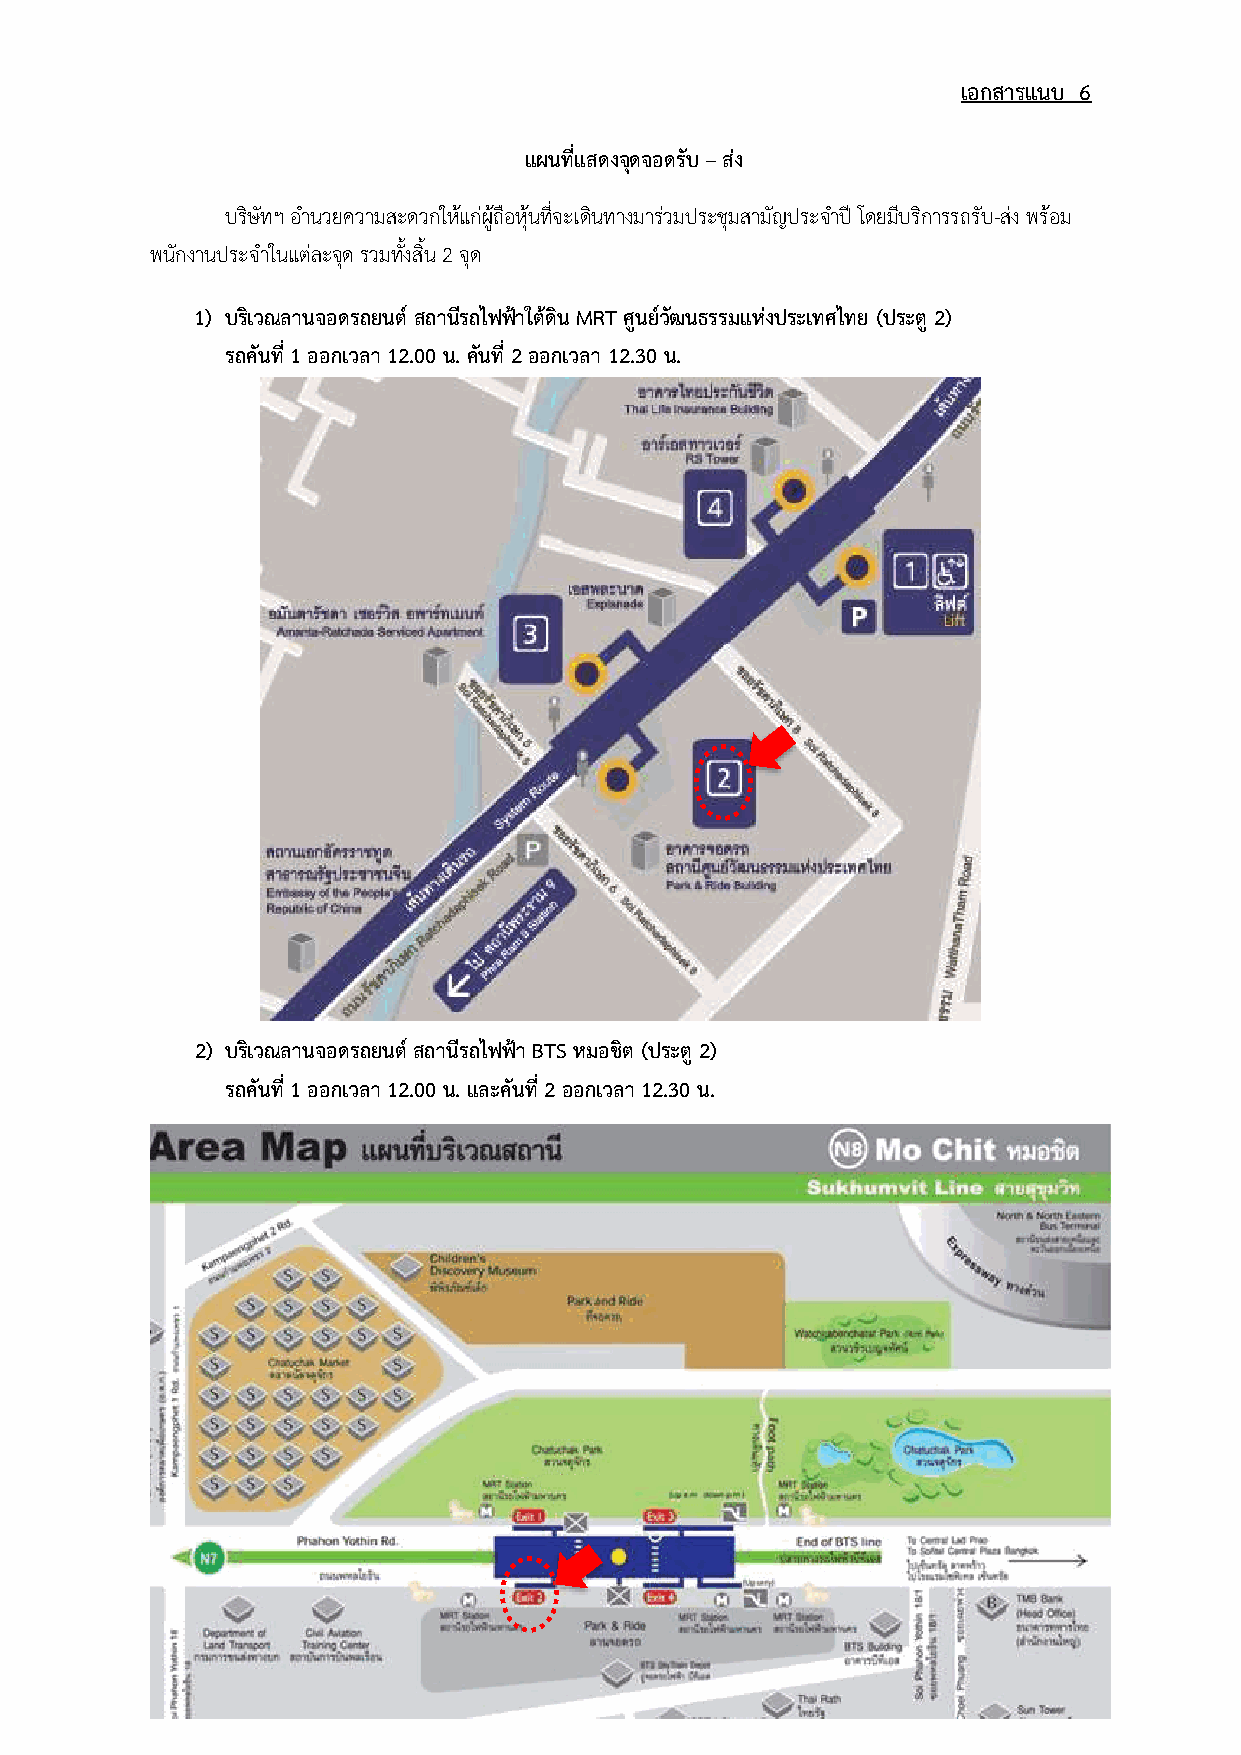
เอกสารแนบ 6
 แผนที่แสดงจุดจอดรับ – ส่ง
 บริษัทฯ อ านวยความสะดวกให้แก่ผู้ถือหุ้นที่จะเดินทางมาร่วมประชุมสามัญประจา ปี โดยมีบริการรถรับ-ส่ง พร้อม
 พนักงานประจ าในแต่ละจุด รวมทงั้ สิ้น 2 จุด
 1) บริเวณลานจอดรถยนต์ สถานีรถไฟฟ้าใต้ดิน MRT ศูนย์วัฒนธรรมแห่งประเทศไทย (ประตู 2)
 รถคันที่ 1 ออกเวลา 12.00 น. คันที่ 2 ออกเวลา 12.30 น.
 2) บริเวณลานจอดรถยนต์ สถานีรถไฟฟ้า BTS หมอชิต (ประตู 2)
 รถคันที่ 1 ออกเวลา 12.00 น. และคันที่ 2 ออกเวลา 12.30 น.